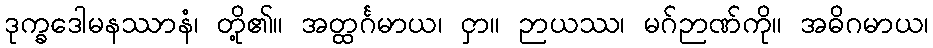
ဒုက္ခဒေါမနဿာနံ၊ တို့၏။ အတ္ထင်္ဂမာယ၊ ငှာ။ ဉာယဿ၊ မဂ်ဉာဏ်ကို။ အဓိဂမာယ၊